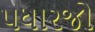
પધારજો